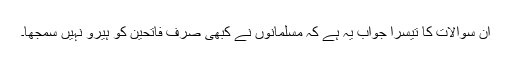
ان سوالات کا تیسرا جواب یہ ہے کہ مسلمانوں نے کبھی صرف فاتحین کو ہیرو نہیں سمجھا۔